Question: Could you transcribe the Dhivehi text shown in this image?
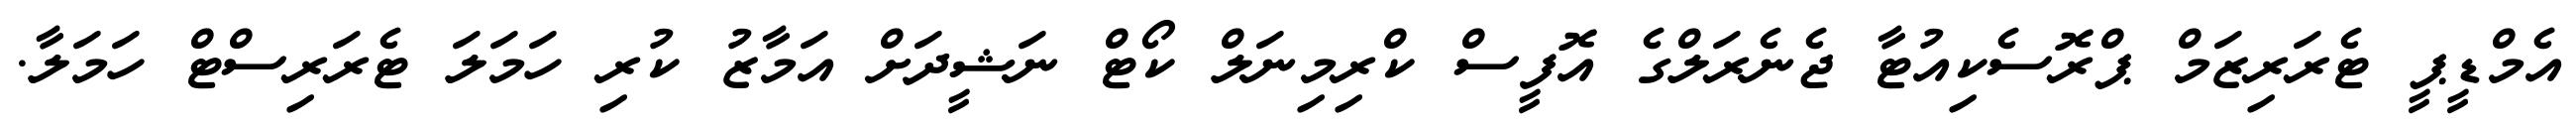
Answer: އެމްޑީޕީ ޓެރަރިޒަމް ޕްރޮސެކިއުޓާ ޖެނެރަލްގެ އޮފީސް ކްރިމިނަލް ކޯޓް ނަޝީދަށް އަމާޒު ކުރި ހަމަލަ ޓެރަރިސްޓް ހަމަލާ.